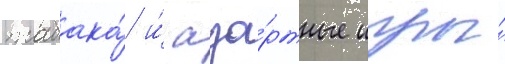
табака́ и́ аза́ртные игры́